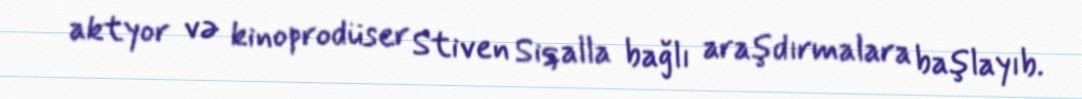
aktyor və kinoprodüser Stiven Siqalla bağlı araşdırmalara başlayıb.